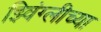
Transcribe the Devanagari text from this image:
झ्विंग्लीच्या